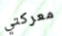
معركتي